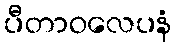
ပီတာဝလေပနံ